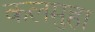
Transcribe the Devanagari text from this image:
कलमुहा